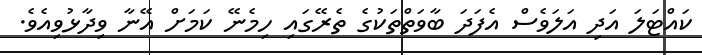
ކައްޓަލަ އަދި އަލަވެސް އެފަދަ ބާވަތްތަކުގެ ތެރޭގައި ހިމެނޭ ކަމަށް އޭނާ ވިދާޅުވިއެވެ.